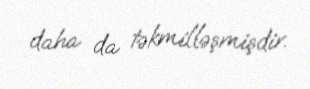
daha da təkmilləşmişdir.